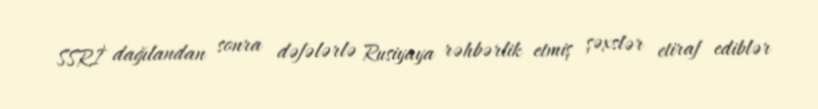
SSRİ dağılandan sonra dəfələrlə Rusiyaya rəhbərlik etmiş şəxslər etiraf ediblər